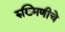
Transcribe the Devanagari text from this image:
रुख्मिणीचे